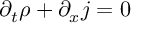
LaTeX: \partial _ { t } \rho + \partial _ { x } j = 0